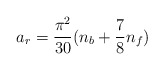
\begin{align*}a_r = {\pi^2\over 30}(n_b + {7\over 8}n_f) \end{align*}